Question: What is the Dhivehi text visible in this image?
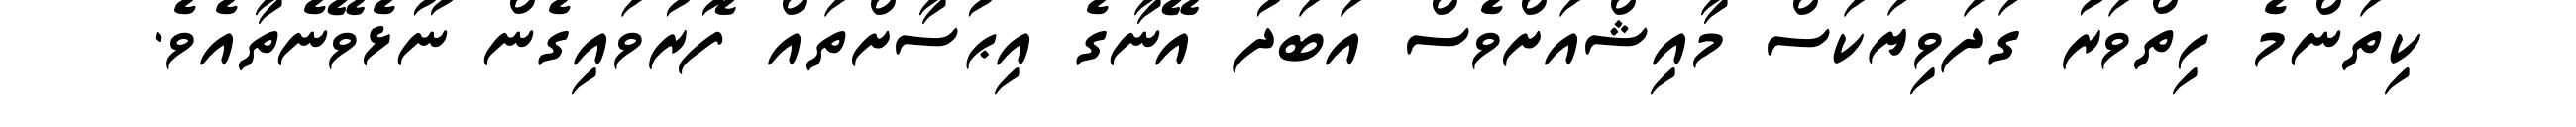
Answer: ކިތަންމެ ހިތްވަރު ގަދަވިޔަކަސް މާއިޝްއަށްވެސް އަބަދު އޭނާގެ އިޙުސާށްތައް ފޮރުވައިގެން ނޫޅެވޭނެތާއެވެ.